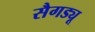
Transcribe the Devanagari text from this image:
सैगड्यू